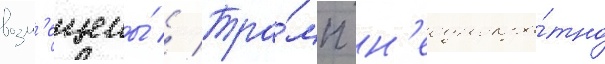
возм'ещены́ // Тра́мп н'еоднокра́тно